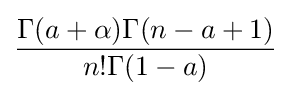
{\frac {\Gamma (a+\alpha )\Gamma (n-a+1)}{n!\Gamma (1-a)}}